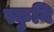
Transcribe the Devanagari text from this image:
स्कुनि